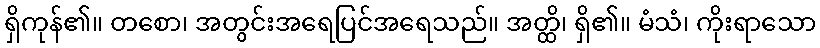
ရှိကုန်၏။ တစော၊ အတွင်းအရေပြင်အရေသည်။ အတ္ထိ၊ ရှိ၏။ မံသံ၊ ကိုးရာသော